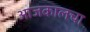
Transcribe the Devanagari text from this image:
आजकालचा